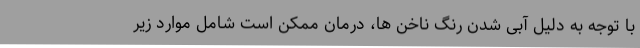
با توجه به دلیل آبی شدن رنگ ناخن ها، درمان ممکن است شامل موارد زیر